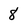
Character: 8